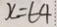
x = 6 4